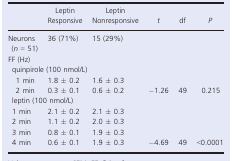
|  | Leptin Responsive | Leptin Nonresponsive | t | df | P |
 | --- | --- | --- | --- | --- | --- |
 | Neurons (n = 51) | 36 (71%) | 15 (29%) |  |  |  |
 | <COLSPAN=6> FF (Hz) |
 | <COLSPAN=6> quinpirole (100 nmol/L) |
 | 1 min | 1.8 ± 0.2 | 1.6 ± 0.3 |  |  |  |
 | 2 min | 0.3 ± 0.1 | 0.6 ± 0.2 | −1.26 | 49 | 0.215 |
 | <COLSPAN=6> leptin (100 nmol/L) |
 | 1 min | 2.1 ± 0.2 | 2.1 ± 0.3 |  |  |  |
 | 2 min | 1.1 ± 0.2 | 2.0 ± 0.3 |  |  |  |
 | 3 min | 0.8 ± 0.1 | 1.9 ± 0.3 |  |  |  |
 | 4 min | 0.6 ± 0.1 | 1.9 ± 0.3 | −4.69 | 49 | <0.0001 |